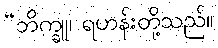
“ဘိက္ခူ၊ ရဟန်းတို့သည်။